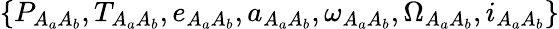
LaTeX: \{ P_{A_{a}A_{b}},T_{A_{a}A_{b}},e_{A_{a}A_{b}},a_{A_{a}A_{b}},\omega_{A_{a}A_{b}},\Omega_{A_{a}A_{b}},i_{A_{a}A_{b}}\}